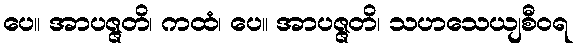
ပေ။ အာပဇ္ဇတိ၊ ကထံ၊ ပေ။ အာပဇ္ဇတိ၊ သဟသေယျစီဝရ